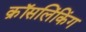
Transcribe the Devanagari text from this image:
क्रॉसलिंकिंग